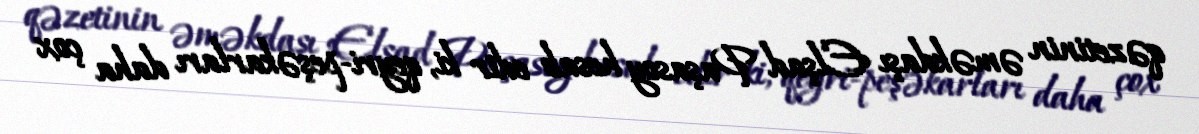
qəzetinin əməkdaşı Elşad Paşasoy hesab edir ki, qeyri-peşəkarları daha çox